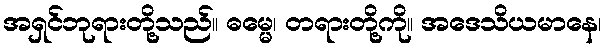
အရှင်ဘုရားတို့သည်။ ဓမ္မေ၊ တရားတို့ကို။ အဒေသိယမာနေ၊